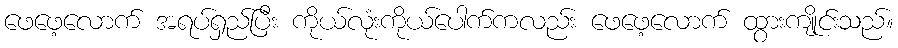
ဖေဖေ့လောက် အရပ်ရှည်ပြီး ကိုယ်လုံးကိုယ်ပေါက်ကလည်း ဖေဖေ့လောက် ထွားကျိုင်းသည်။